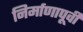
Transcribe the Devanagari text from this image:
निर्माणापूर्वी